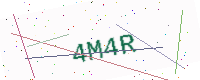
Text: 4M4R